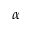
\alpha